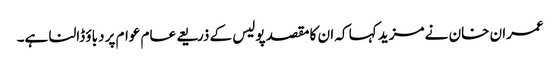
عمران خان نے مزید کہا کہ ان کا مقصد پولیس کے ذریعے عام عوام پر دباؤ ڈالنا ہے۔